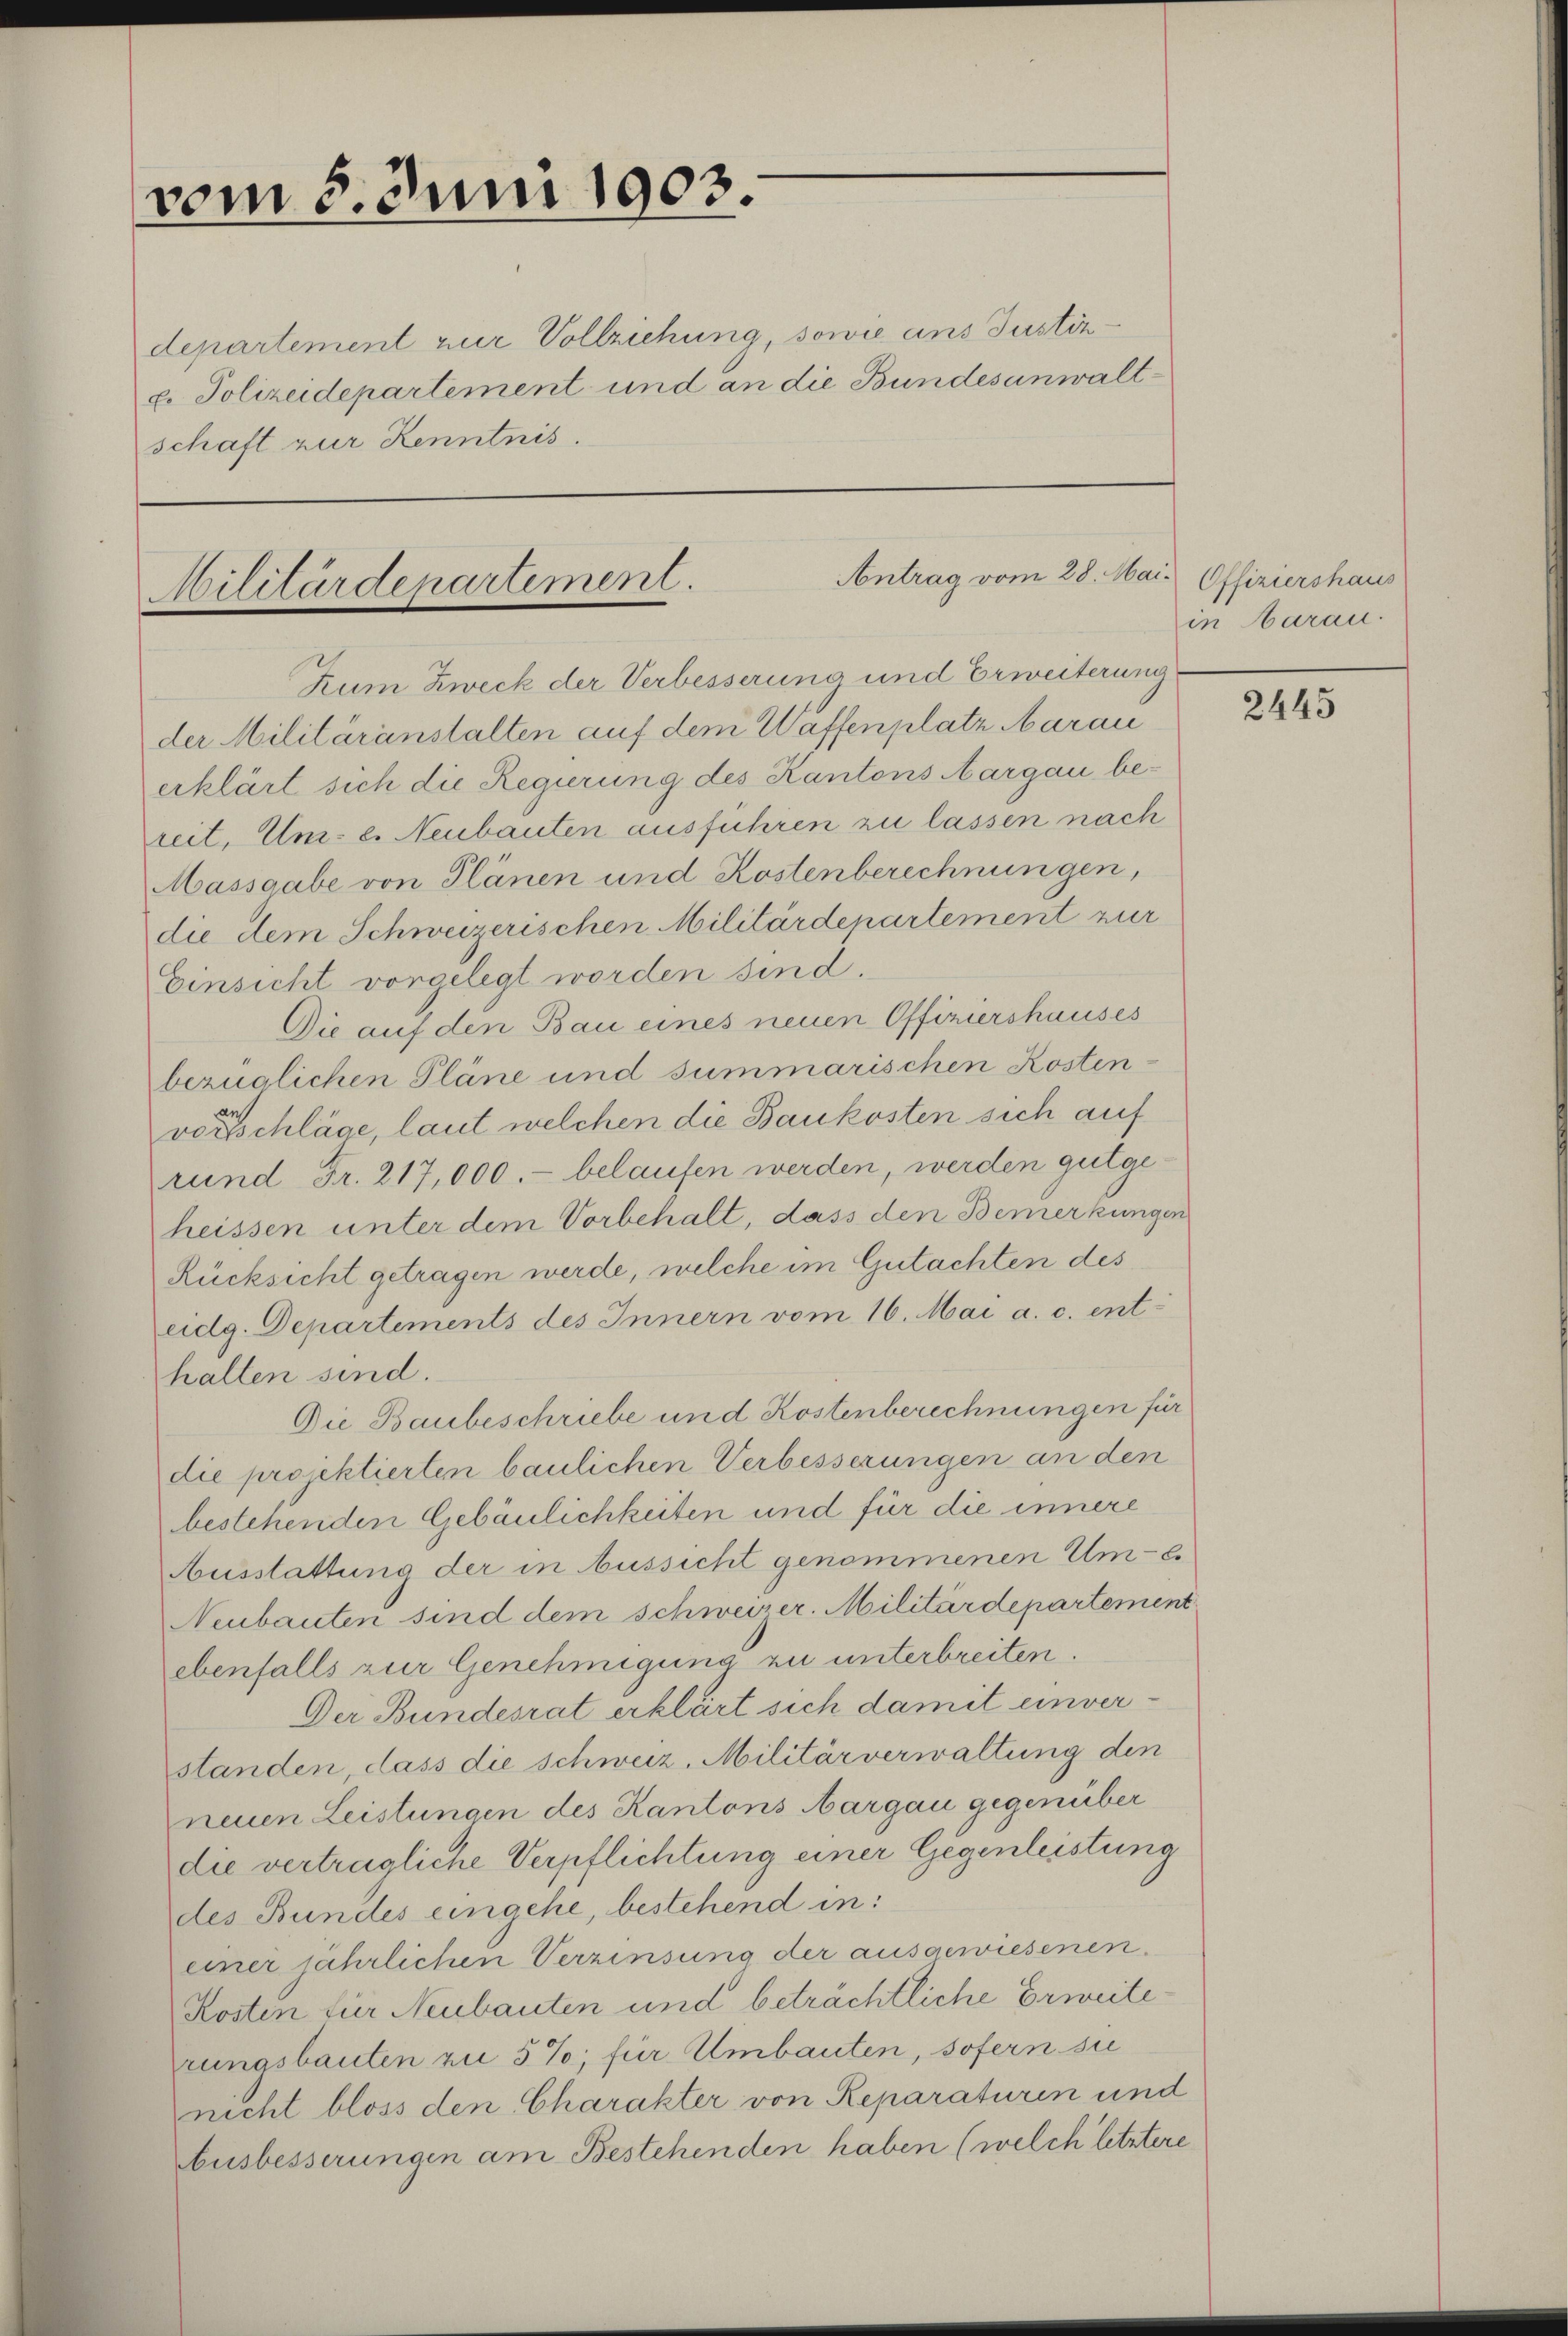
vom 8. Juni 1903.

departement zur Vollziehung, sowie ans Justizp. Polizeidepartement und an die Bundesanwaltschaft zur Kenntnis.

Antrag vom 28. Mai Offiziershaus
Militärdenartement.

Zum Zweck der Verbesserung und Erweiterung
der Militäranstalten auf dem Waffenplatz Marau
erklärt sich die Regierung des Kantons Aargau bereit, Um- e. Neubauten ausführen zu lassen nach
Massgabe von Plänen und Kostenberechnungen,
die dem Schweizerischen Militärdepartement zur
Einsicht vorgelegt worden sind.
Die auf den Bau eines neuen Offiziershauses
bezüglichen Pläne und summarischen Kostenvorschläge, laut welchen die Baukosten sich auf
rund Fr. 217,000.- belaufen werden, werden gutgeheissen unter dem Vorbehalt, dass den Bemerkungen
Rücksicht getragen werde, welche im Gutachten des
eidg. Departements des Innern vom 16. Mai a. c. enthalten sind.
Die Baubeschriebe und Kostenberechnungen für
die projektierten baulichen Verbesserungen an den
bestehenden Gebäulichkeiten und für die innere
Ausstattung der in Aussicht genommenen Um-C.
Neubauten sind dem Schweizer. Militärdepartement
ebenfalls zur Genehmigung zu unterbreiten.
Der Bundesrat erklärt sich damit einverstanden, dass die schweiz. Militärverwaltung den
neuen Leistungen des Kantons Aargau gegenüber
die verträgliche Verpflichtung einer Gegenleistung
des Bundes eingehe, bestehend in:
einer jährlichen Verzinsung der ausgewiesenen
Kosten für Neubauten und beträchtliche Erweiterungsbauten zu 5%; für Umbauten, sofern sic
nicht bloss den Charakter von Reparaturen und
Ausbesserungen am Bestehenden haben (welch letztere

in aran.

2445